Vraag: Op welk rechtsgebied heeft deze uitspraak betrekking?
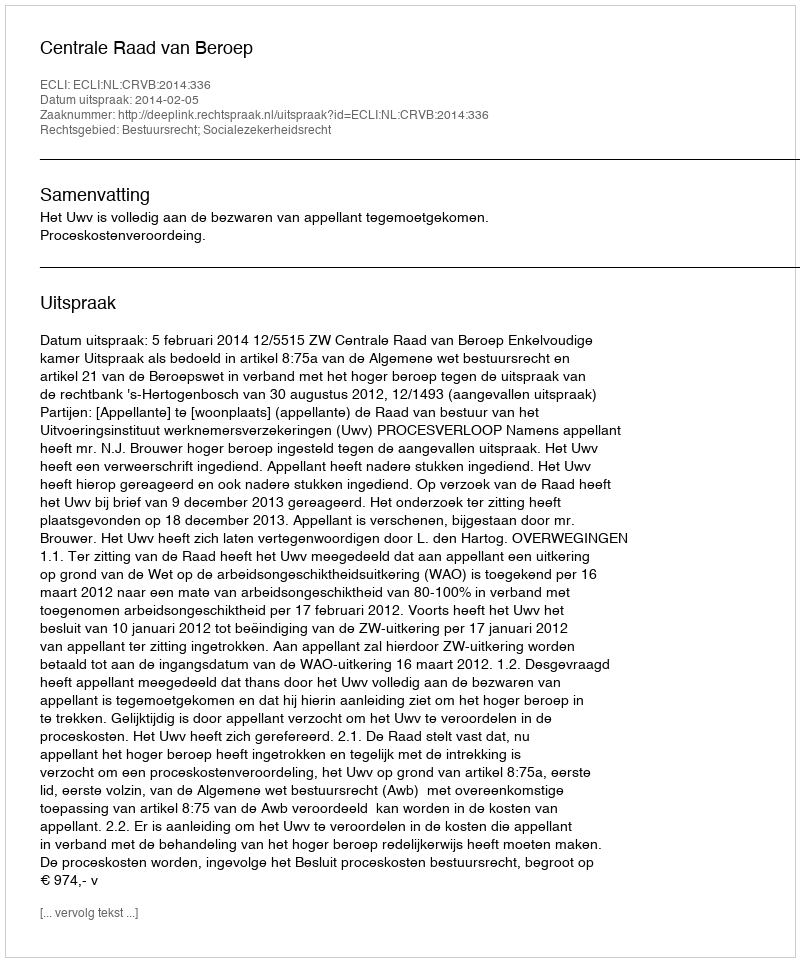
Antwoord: Bestuursrecht; Socialezekerheidsrecht